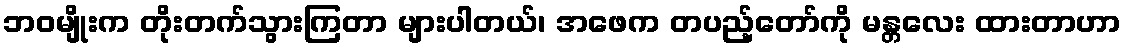
ဘဝမျိုးက တိုးတက်သွားကြတာ များပါတယ်၊ အဖေက တပည့်တော်ကို မန္တလေး ထားတာဟာ